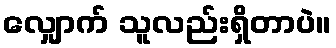
လျှောက် သူလည်းရှိတာပဲ။